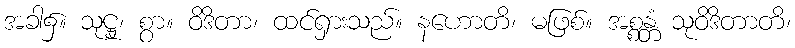
အခါ၌။ သုဋ္ဌု၊ စွာ။ ဝိဒိတာ၊ ထင်ရှားသည်။ နဟောတိ၊ မဖြစ်။ အစ္စန္တံ သုဝိဒိတာတိ၊